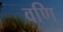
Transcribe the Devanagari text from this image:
वणि